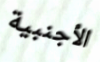
الأجنبية